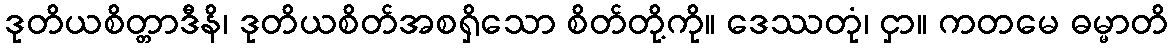
ဒုတိယစိတ္တာဒီနိ၊ ဒုတိယစိတ်အစရှိသော စိတ်တို့ကို။ ဒေဿတုံ၊ ငှာ။ ကတမေ ဓမ္မာတိ